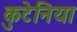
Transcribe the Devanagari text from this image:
कुटेनिया